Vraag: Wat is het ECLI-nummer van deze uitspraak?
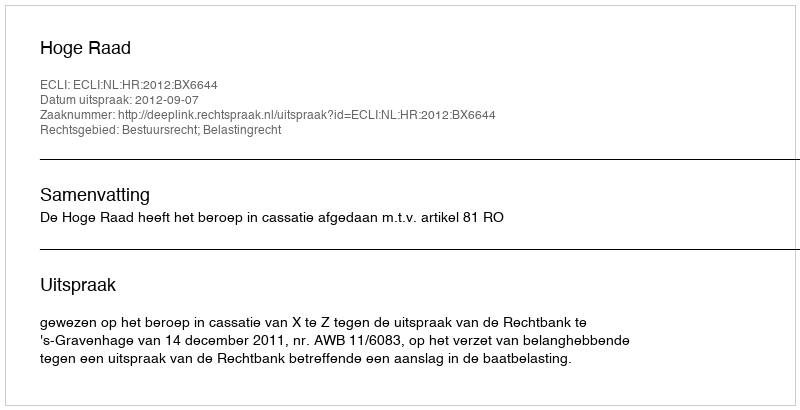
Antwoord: ECLI:NL:HR:2012:BX6644